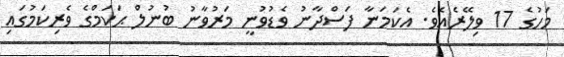
މަހުގެ 17 ވިލޭރެއެވެ. އެކަމަނާ ފަސްދާނު ވެޑުވުނީ މަރުވާނު ބުނުލް ޙަކަމްގެ ވެރިކަމުގައި